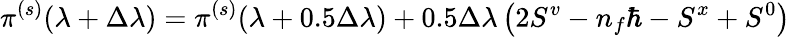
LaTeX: \pi^{(s)}(\lambda+\Delta\lambda)=\pi^{(s)}(\lambda+0.5\Delta\lambda)+0.5\Delta\lambda\left(2S^{v}-n_{f}\hbar-S^{x}+S^{0}\right)